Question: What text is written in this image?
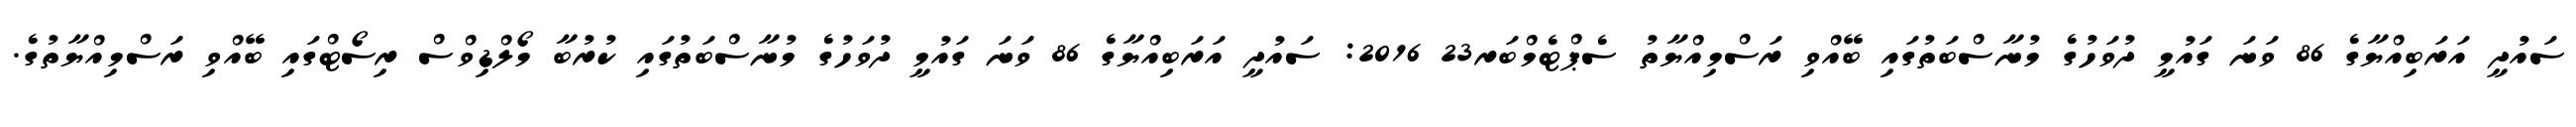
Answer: ސައުދީ އަރަބިއްޔާގެ 86 ވަނަ ގައުމީ ދުވަހުގެ މުނާސްބަތުގައި ބޭއްވި ރަސްމިއްޔާތު ސެޕްޓެމްބަރ23 2016: ސައުދީ އަރަބިއްޔާގެ 86 ވަނަ ގައުމީ ދުވަހުގެ މުނާސްބަތުގައި ކުރުބާ މޯލްޑިވްސް ރިސޯޓްގައި ބޭއްވި ރަސްމިއްޔާތުގެ.